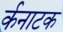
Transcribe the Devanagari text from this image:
र्कनाटक